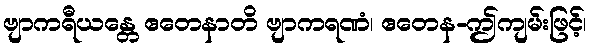
ဗျာကရီယန္တေ ဧတေနာတိ ဗျာကရဏံ၊ ဧတေန-ဤကျမ်းဖြင့်၊